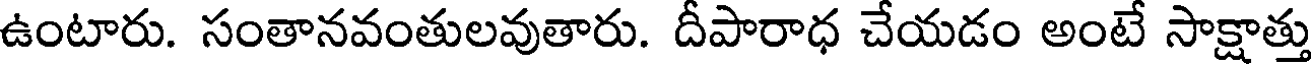
ఉంటారు. సంతానవంతులవుతారు. దీపారాధ చేయడం అంటే సాక్షాత్తు